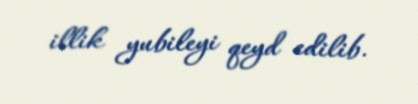
illik yubileyi qeyd edilib.